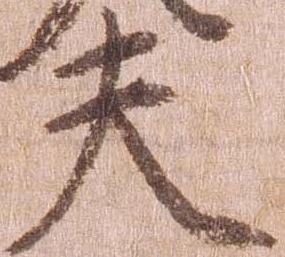
夫